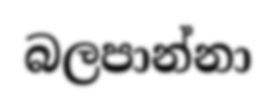
බලපාන්නා